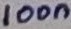
Text: 100n